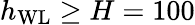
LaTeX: h_{\mathrm{WL}}\geq H=100